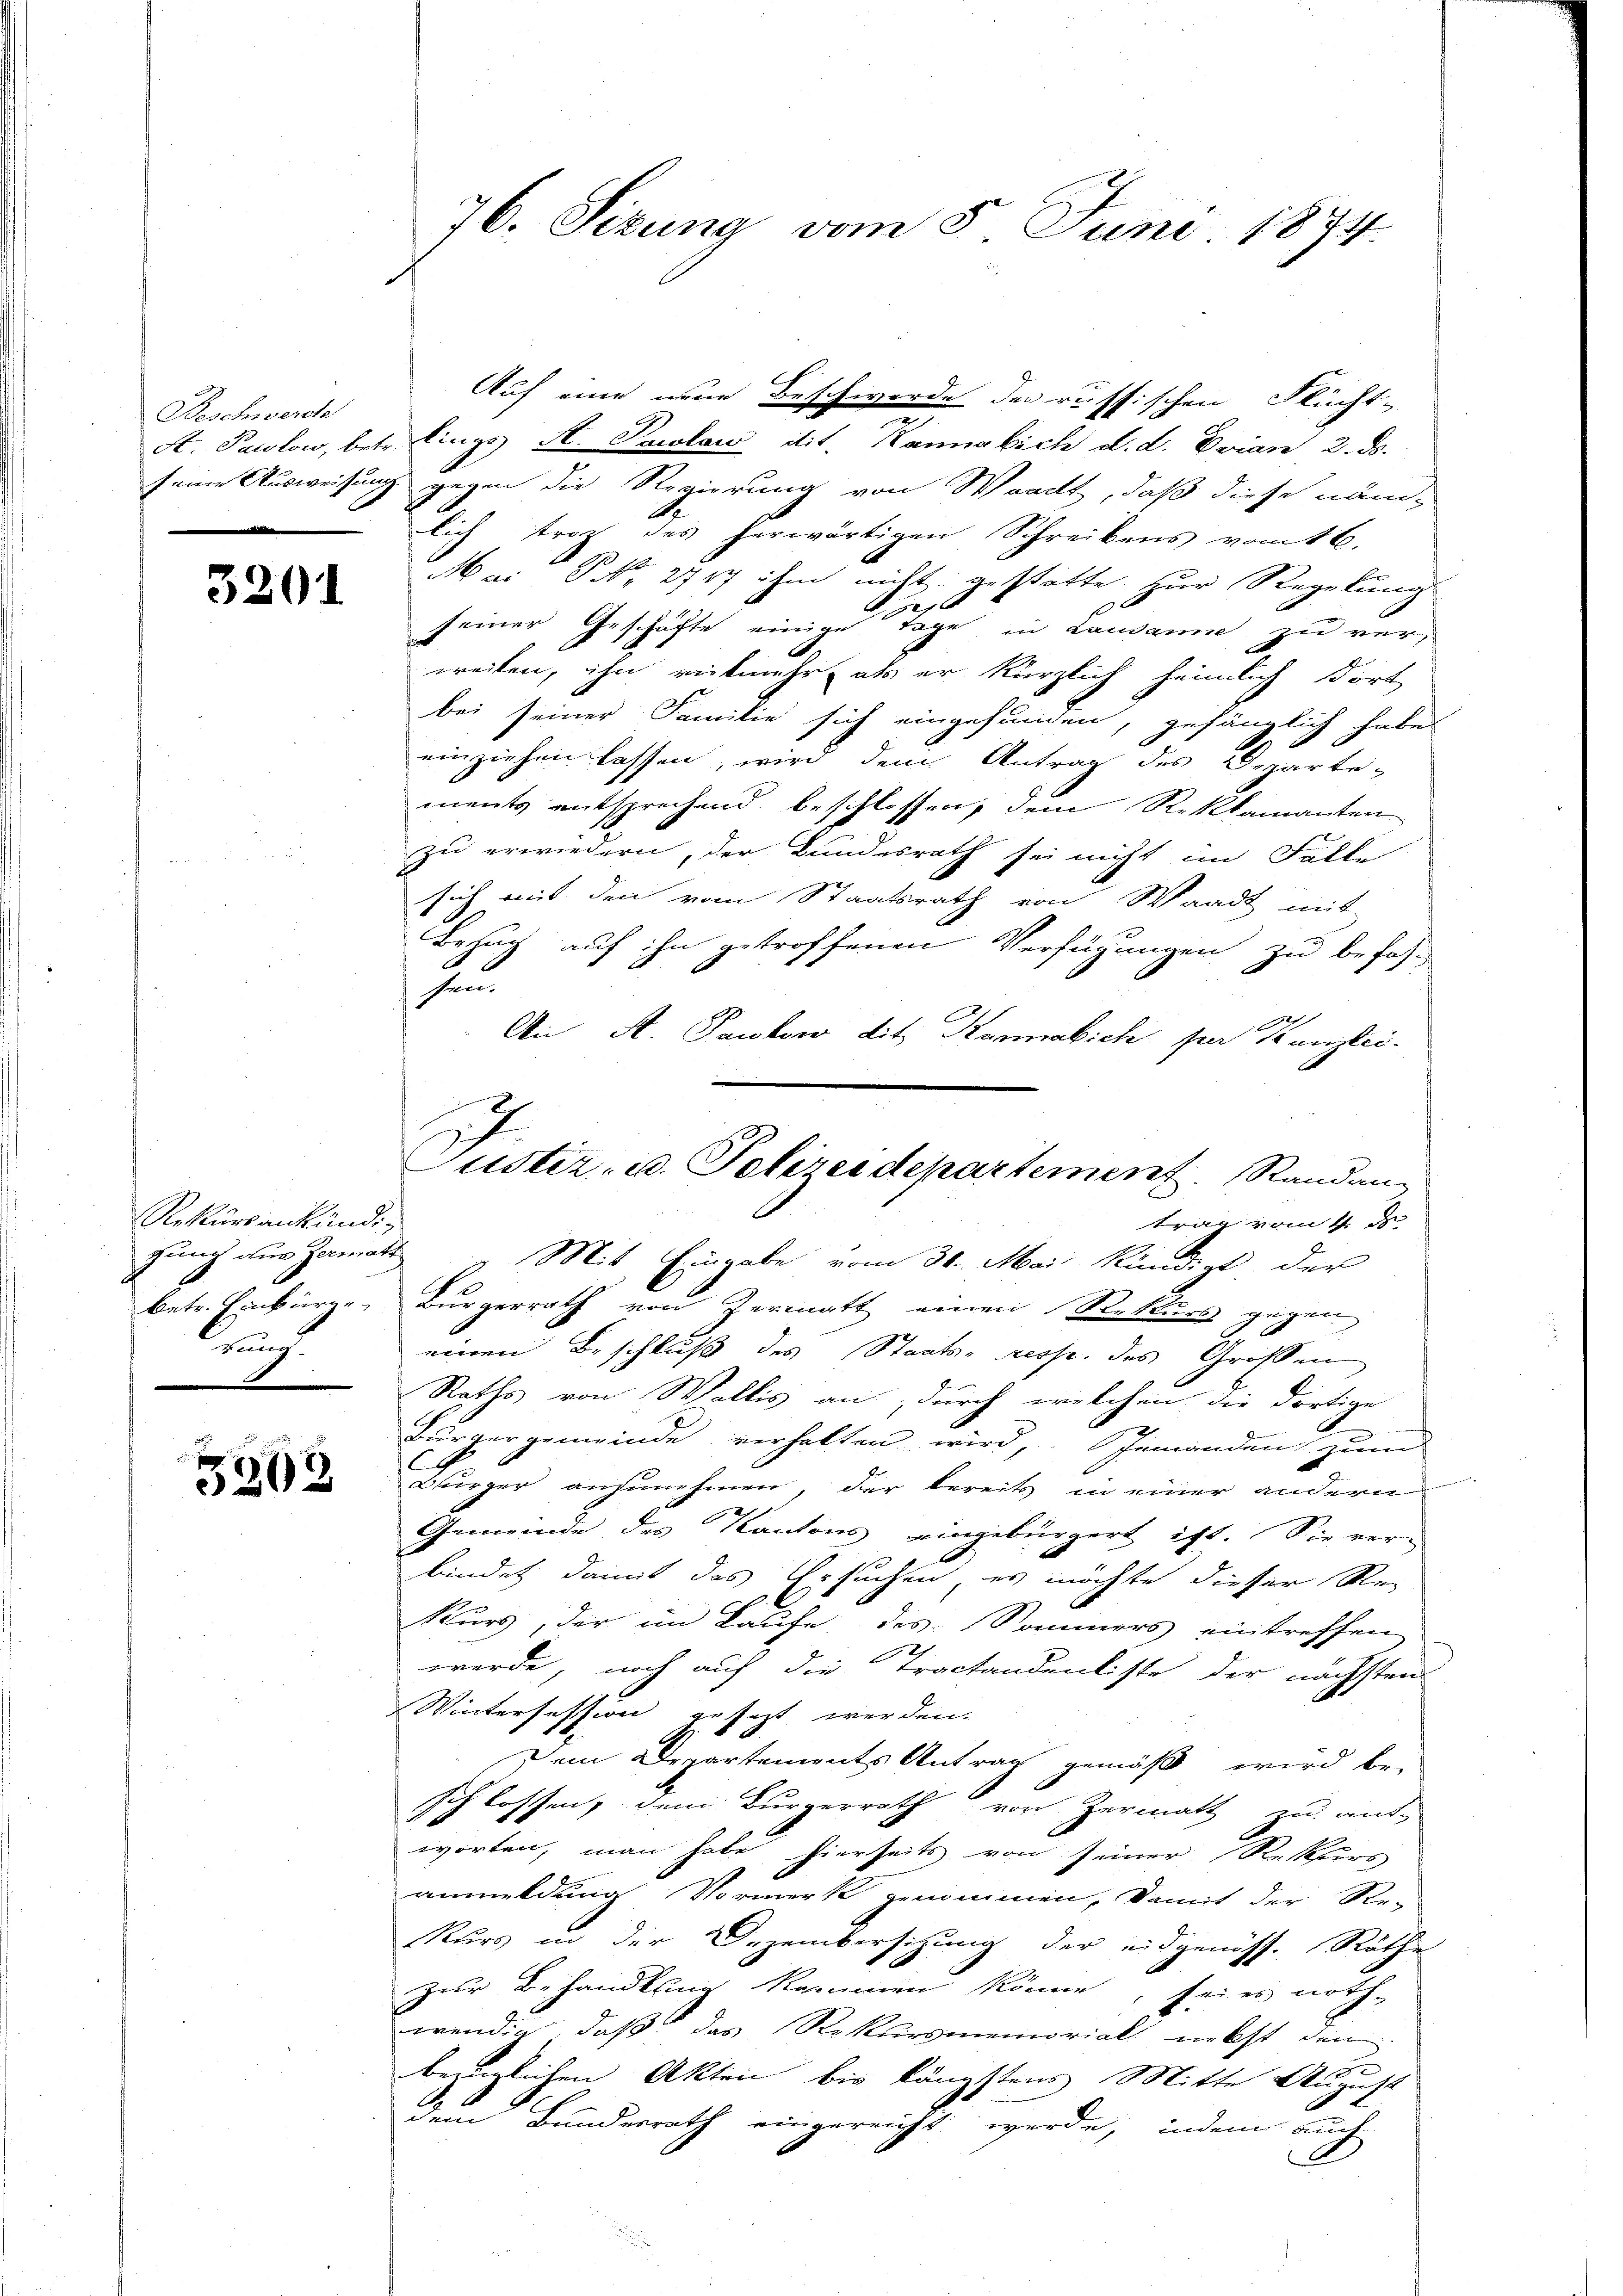
Beschwerde
e

3201

Rekursankündigung aus Germatt
dung

p
5202

76. Sizung vom 5. Juni 1874.

Auf eine neue Beschwerde des russischen Flücht-
n
A. Pawlow, betr. Lings A. Pawlow iit. Kannelich d. d. Evian 2. ds.
seine Ausweisung gegen die Regierung von Waadt, daß diese näm-
lich trotz des herwärtigen Schreibens vom 16.
M ai NNo. 2717 ihm nicht gestatte. Zur Regelung
e
seiner Geschäfte einige Tage in Lausanne zu verweiten, ihn vielmehr, als er kürzlich heimlich dort
bei seiner Familie sich eingefunden, gefänglich habes
einziehen lassen, wird dem Antrag des Departe-
ments entsprechend beschlossen, dem Reklamanten
zu erwiedern, der Bundesrath sei nicht im Fälle
sich mit den vom Staatsrath von Waadt mit
Bezug auf ihn getroffenen Verfügungen zu befas-
i
sun
11
An A. Pawlow dit. Kanakich per Kanzlei-
Mit Eingabe vom 31. Mai kündigt, der
betr. Einbürge Bürgerrath von Zermatt einen Rekurs gegen
einen Beschluß des Staats- resp. des Grossen
Raths von Wallis an, durch welchen die dortige
Bürgergemeinde verhalten wird, Jemanden zum
C
Bürger anzunehmen, der bereits in einer anderen
Gemeinde des Kantons eingebürgert ist. Sie ver-
bindet damit das Ersuchen, es möchte dieser Re¬
Kurs, der im Laufe des Sommers eintreffen
werde, noch auf die Tractandenliste der nächsten
Wintersession gesezt werden.
Dem Departements Antrag gemäß wird be-
schlossen, dem Bürgerrath von Zermatt zu ant-
worten, man habe hierseits von seiner Rekurs
anmeldung Vormerk genommen, damit der Re-
Kurs in der Dezembersitzung der eidgenöss. Räthe
zur Behandlung kommen könne, seies noth-
wendig, daß das Rekursmemorials nebst den
bezüglichen Akten bis längstens Mitte August
dem Bundesrath eingereicht werde, indem auch

Justiz, u. Polizeidepartement. Randan-
trag vom 4. d